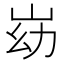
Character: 𰎓